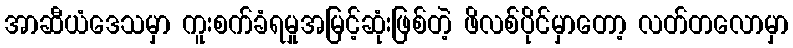
အာဆီယံဒေသမှာ ကူးစက်ခံရမှုအမြင့်ဆုံးဖြစ်တဲ့ ဖိလစ်ပိုင်မှာတော့ လတ်တလောမှာ